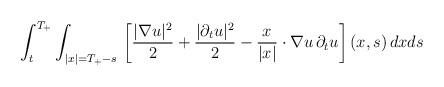
LaTeX: \begin{align*}\int_t^{T_+}\int_{|x|=T_+-s}\,\left[\frac{|\nabla u|^2}{2}+\frac{|\partial_tu|^2}{2}-\frac{x}{|x|}\cdot\nabla u\,\partial_tu\right](x,s)\,dxds\end{align*}